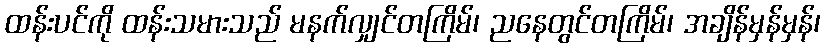
ထန်းပင်ကို ထန်းသမားသည် မနက်လျှင်တကြိမ်၊ ညနေတွင်တကြိမ်၊ အချိန်မှန်မှန်၊